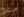
ميللر